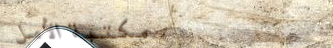
مكتبة الأمل